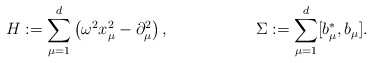
\begin{align*}H &:= \sum_{\mu=1}^d \left(\omega^2 x_\mu^2 - \partial_\mu^2\right) , & \Sigma &:= \sum_{\mu=1}^d [b_\mu^*,b_\mu] .\end{align*}